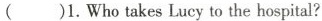
()1.Who takes Lucy to the hospital?